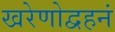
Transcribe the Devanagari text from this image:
खरेणोद्वहनं